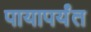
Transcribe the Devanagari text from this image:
पायापर्यंत